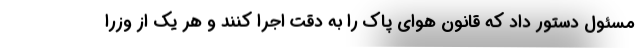
مسئول دستور داد که قانون هوای پاک را به دقت اجرا کنند و هر یک از وزرا